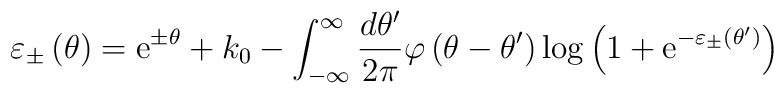
\varepsilon _{\pm }\left( \theta \right) =\mathrm{e}^{\pm \theta }+k_{0}-\int ^{\infty }_{-\infty }\frac{d\theta '}{2\pi }\varphi \left( \theta -\theta '\right) \log \left( 1+\mathrm{e}^{-\varepsilon _{\pm }\left( \theta '\right) }\right)